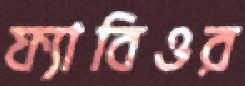
ফ্যাবিওর